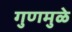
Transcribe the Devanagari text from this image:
गुणमुळे